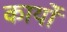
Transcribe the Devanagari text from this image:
कार्योंं